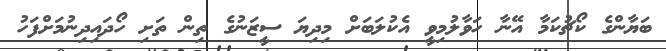
ބަޔާންގެ ކޯޗުކަމާ އޭނާ ހަވާލުމިވީ އެކުލަބަށް މިދިޔަ ސީޒަނުގެ ތިން ތަށި ހޯދައިދިނުމަށްފަހު